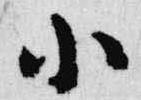
小